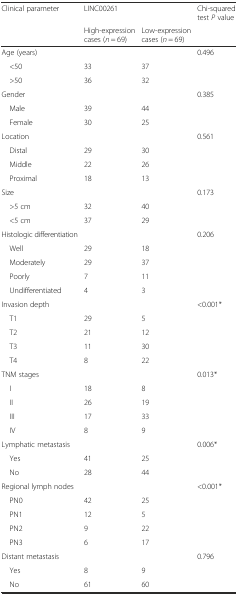
| Clinical parameter | LINC00261 |  | Chi-squared test P value |
 |  | High-expression cases (n = 69) | Low-expression cases (n = 69) |  |
 | --- | --- | --- | --- |
 | Age (years) |  |  | 0.496 |
 | <50 | 33 | 37 |  |
 | >50 | 36 | 32 |  |
 | Gender |  |  | 0.385 |
 | Male | 39 | 44 |  |
 | Female | 30 | 25 |  |
 | Location |  |  | 0.561 |
 | Distal | 29 | 30 |  |
 | Middle | 22 | 26 |  |
 | Proximal | 18 | 13 |  |
 | Size |  |  | 0.173 |
 | >5 cm | 32 | 40 |  |
 | <5 cm | 37 | 29 |  |
 | Histologic differentiation |  |  | 0.206 |
 | Well | 29 | 18 |  |
 | Moderately | 29 | 37 |  |
 | Poorly | 7 | 11 |  |
 | Undifferentiated | 4 | 3 |  |
 | Invasion depth |  |  | <0.001* |
 | T1 | 29 | 5 |  |
 | T2 | 21 | 12 |  |
 | T3 | 11 | 30 |  |
 | T4 | 8 | 22 |  |
 | TNM stages |  |  | 0.013* |
 | I | 18 | 8 |  |
 | II | 26 | 19 |  |
 | III | 17 | 33 |  |
 | IV | 8 | 9 |  |
 | Lymphatic metastasis |  |  | 0.006* |
 | Yes | 41 | 25 |  |
 | No | 28 | 44 |  |
 | Regional lymph nodes |  |  | <0.001* |
 | PN0 | 42 | 25 |  |
 | PN1 | 12 | 5 |  |
 | PN2 | 9 | 22 |  |
 | PN3 | 6 | 17 |  |
 | Distant metastasis |  |  | 0.796 |
 | Yes | 8 | 9 |  |
 | No | 61 | 60 |  |